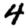
Digit: 4